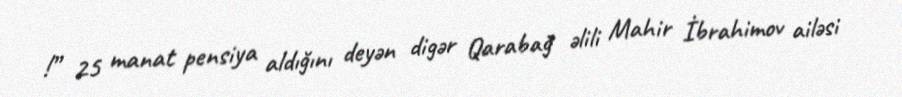
!” 25 manat pensiya aldığını deyən digər Qarabağ əlili Mahir İbrahimov ailəsi